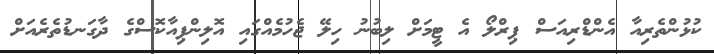
ކުޅުންތެރިއާ އެންޑްރިއަސް ޕިރްލޯ އެ ޓީމަށް ލިބުނު ހިލޭ ޖެހުމެއްގައި އޮލިންްޕިއާކޮސްގެ ދާގަނޑުތެރެއަށް